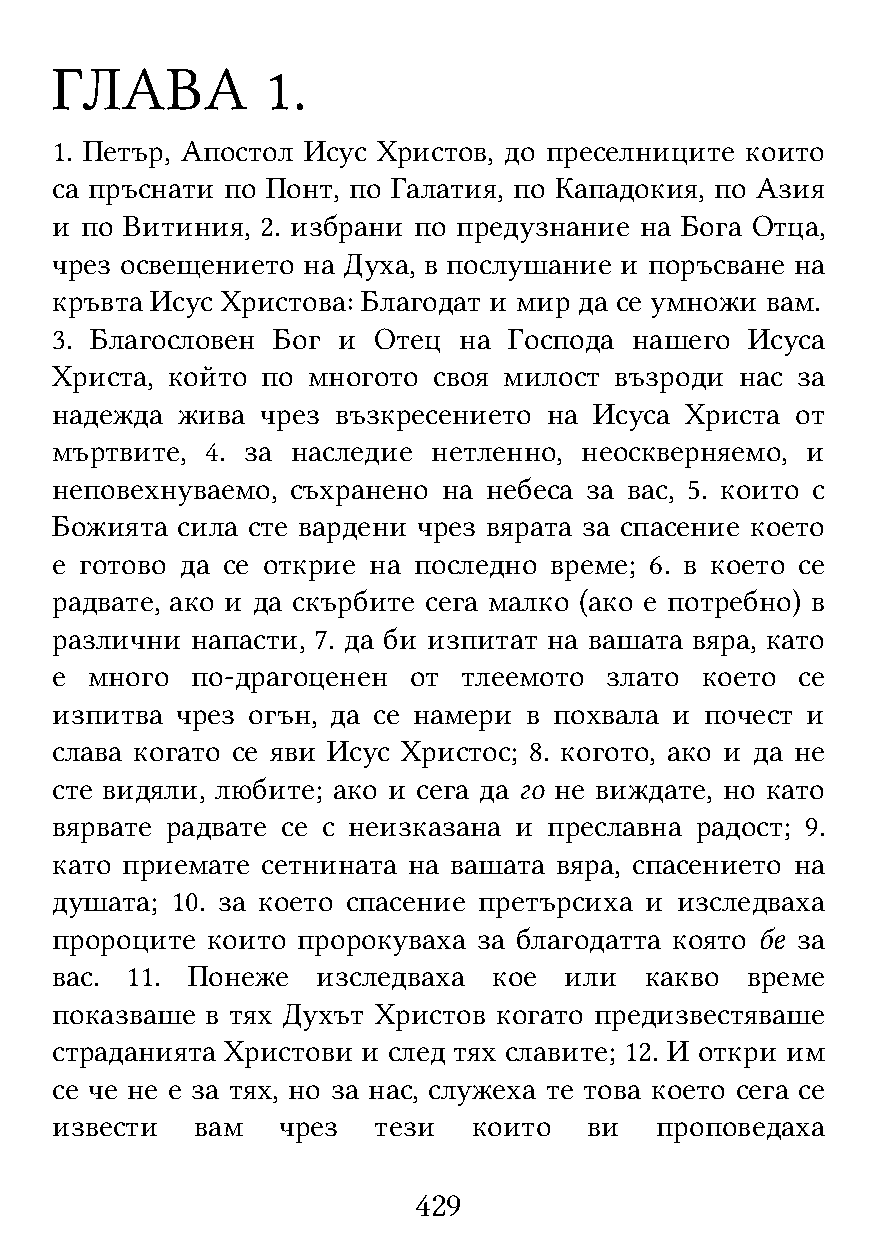
ГЛАВА          1.
 1. Петър, Апостол Исус Христов, до преселниците които
 са пръснати по Понт, по Галатия, по Кападокия, по Азия
 и по Витиния, 2. избрани по предузнание на Бога Отца,
 чрез освещението на Духа, в послушание и поръсване на
 кръвта Исус Христова: Благодат и мир да се умножи вам.
 3. Благословен Бог и  Отец на  Господа нашего  Исуса
 Христа, който по многото  своя милост възроди нас за
 надежда  жива чрез възкресението на Исуса Христа  от
 мъртвите,  4. за наследие нетленно, неоскверняемо, и
 неповехнуваемо, съхранено на небеса за вас, 5. които с
 Божията  сила сте вардени чрез вярата за спасение което
 е готово да се открие на последно време; 6. в което се
 радвате, ако и да скърбите сега малко (ако е потребно) в
 различни  напасти, 7. да би изпитат на вашата вяра, като
 е  много  по-драгоценен от  тлеемото злато което  се
 изпитва  чрез огън, да се намери в похвала и почест и
 слава когато се яви Исус Христос; 8. когото, ако и да не
 сте видяли, любите; ако и сега да го не виждате, но като
 вярвате радвате се с неизказана и преславна радост; 9.
 като приемате сетнината на вашата вяра, спасението на
 душата; 10. за което спасение претърсиха и изследваха
 пророците  които пророкуваха за благодатта която бе за
 вас. 11. Понеже   изследваха  кое или   какво време
 показваше  в тях Духът Христов когато предизвестяваше
 страданията Христови и след тях славите; 12. И откри им
 се че не е за тях, но за нас, служеха те това което сега се
 извести   вам  чрез   тези  които   ви  проповедаха
 429